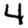
Digit: 4